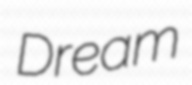
Dream